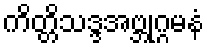
ကိတ္တိသဒ္ဒအဗ္ဘုဂ္ဂမနံ